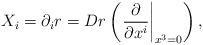
LaTeX: \begin{align*}X_i = \partial_i r = Dr \left(\left. \frac{\partial}{\partial x^i}\right|_{x^3=0} \right),\end{align*}